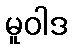
မူဝါဒ